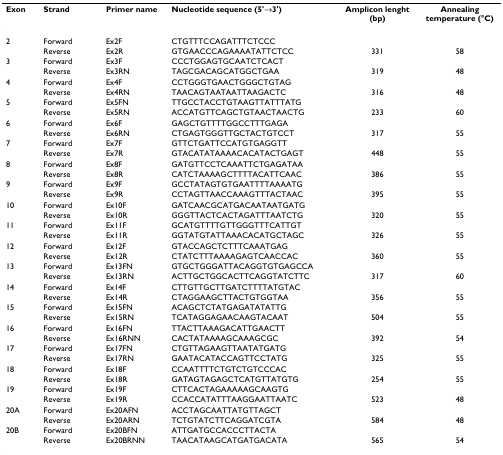
<table><thead><tr><td><b>Exon</b></td><td><b>Strand</b></td><td><b>Primer name</b></td><td><b>Nucleotide sequence (5&#x27;→3&#x27;)</b></td><td><b>Amplicon lenght (bp)</b></td><td><b>Annealing temperature (°C)</b></td></tr></thead><tbody><tr><td>2</td><td>Forward</td><td>Ex2F</td><td>CTGTTTCCAGATTTCTCCC</td><td></td><td></td></tr><tr><td></td><td>Reverse</td><td>Ex2R</td><td>GTGAACCCAGAAAATATTCTCC</td><td>331</td><td>58</td></tr><tr><td>3</td><td>Forward</td><td>Ex3F</td><td>CCCTGGAGTGCAATCTCACT</td><td></td><td></td></tr><tr><td></td><td>Reverse</td><td>Ex3RN</td><td>TAGCGACAGCATGGCTGAA</td><td>319</td><td>48</td></tr><tr><td>4</td><td>Forward</td><td>Ex4F</td><td>CCTGGGTGAACTGGGCTGTAG</td><td></td><td></td></tr><tr><td></td><td>Reverse</td><td>Ex4RN</td><td>TAACAGTAATAATTAAGACTC</td><td>316</td><td>48</td></tr><tr><td>5</td><td>Forward</td><td>Ex5FN</td><td>TTGCCTACCTGTAAGTTATTTATG</td><td></td><td></td></tr><tr><td></td><td>Reverse</td><td>Ex5RN</td><td>ACCATGTTCAGCTGTAACTAACTG</td><td>233</td><td>60</td></tr><tr><td>6</td><td>Forward</td><td>Ex6F</td><td>GAGCTGTTTTGGCCTTTGAGA</td><td></td><td></td></tr><tr><td></td><td>Reverse</td><td>Ex6RN</td><td>CTGAGTGGGTTGCTACTGTCCT</td><td>317</td><td>55</td></tr><tr><td>7</td><td>Forward</td><td>Ex7F</td><td>GTTCTGATTCCATGTGAGGTT</td><td></td><td></td></tr><tr><td></td><td>Reverse</td><td>Ex7R</td><td>GTACATATAAAACACATACTGAGT</td><td>448</td><td>55</td></tr><tr><td>8</td><td>Forward</td><td>Ex8F</td><td>GATGTTCCTCAAATTCTGAGATAA</td><td></td><td></td></tr><tr><td></td><td>Reverse</td><td>Ex8R</td><td>CATCTAAAAGCTTTTACATTCAAC</td><td>386</td><td>55</td></tr><tr><td>9</td><td>Forward</td><td>Ex9F</td><td>GCCTATAGTGTGAATTTTAAAATG</td><td></td><td></td></tr><tr><td></td><td>Reverse</td><td>Ex9R</td><td>CCTAGTTAACCAAAGTTTACTAAC</td><td>395</td><td>55</td></tr><tr><td>10</td><td>Forward</td><td>Ex10F</td><td>GATCAACGCATGACAATAATGATG</td><td></td><td></td></tr><tr><td></td><td>Reverse</td><td>Ex10R</td><td>GGGTTACTCACTAGATTTAATCTG</td><td>320</td><td>55</td></tr><tr><td>11</td><td>Forward</td><td>Ex11F</td><td>GCATGTTTTGTTGGGTTTCATTGT</td><td></td><td></td></tr><tr><td></td><td>Reverse</td><td>Ex11R</td><td>GGTATGTATTAAACACATGCTAGC</td><td>326</td><td>55</td></tr><tr><td>12</td><td>Forward</td><td>Ex12F</td><td>GTACCAGCTCTTTCAAATGAG</td><td></td><td></td></tr><tr><td></td><td>Reverse</td><td>Ex12R</td><td>CTATCTTTAAAAGAGTCAACCAC</td><td>360</td><td>55</td></tr><tr><td>13</td><td>Forward</td><td>Ex13FN</td><td>GTGCTGGGATTACAGGTGTGAGCCA</td><td></td><td></td></tr><tr><td></td><td>Reverse</td><td>Ex13RN</td><td>ACTTGCTGGCACTTCAGGTATCTTC</td><td>317</td><td>60</td></tr><tr><td>14</td><td>Forward</td><td>Ex14F</td><td>CTTGTTGCTTGATCTTTTATGTAC</td><td></td><td></td></tr><tr><td></td><td>Reverse</td><td>Ex14R</td><td>CTAGGAAGCTTACTGTGGTAA</td><td>356</td><td>55</td></tr><tr><td>15</td><td>Forward</td><td>Ex15FN</td><td>ACAGCTCTATGAGATATATTG</td><td></td><td></td></tr><tr><td></td><td>Reverse</td><td>Ex15RN</td><td>TCATAGGAGAACAAGTACAAT</td><td>504</td><td>55</td></tr><tr><td>16</td><td>Forward</td><td>Ex16FN</td><td>TTACTTAAAGACATTGAACTT</td><td></td><td></td></tr><tr><td></td><td>Reverse</td><td>Ex16RNN</td><td>CACTATAAAAGCAAAGCGC</td><td>392</td><td>54</td></tr><tr><td>17</td><td>Forward</td><td>Ex17FN</td><td>CTGTTAGAAGTTAATATGATG</td><td></td><td></td></tr><tr><td></td><td>Reverse</td><td>Ex17RN</td><td>GAATACATACCAGTTCCTATG</td><td>325</td><td>55</td></tr><tr><td>18</td><td>Forward</td><td>Ex18F</td><td>CCAATTTTCTGTCTGTCCCAC</td><td></td><td></td></tr><tr><td></td><td>Reverse</td><td>Ex18R</td><td>GATAGTAGAGCTCATGTTATGTG</td><td>254</td><td>55</td></tr><tr><td>19</td><td>Forward</td><td>Ex19F</td><td>CTTCACTAGAAAAAGCAAGTG</td><td></td><td></td></tr><tr><td></td><td>Reverse</td><td>Ex19R</td><td>CCACCATATTTAAGGAATTAATC</td><td>523</td><td>48</td></tr><tr><td>20A</td><td>Forward</td><td>Ex20AFN</td><td>ACCTAGCAATTATGTTAGCT</td><td></td><td></td></tr><tr><td></td><td>Reverse</td><td>Ex20ARN</td><td>TCTGTATCTTCAGGATCGTA</td><td>584</td><td>48</td></tr><tr><td>20B</td><td>Forward</td><td>Ex20BFN</td><td>ATTGATGCCACCCTTACTA</td><td></td><td></td></tr><tr><td></td><td>Reverse</td><td>Ex20BRNN</td><td>TAACATAAGCATGATGACATA</td><td>565</td><td>54</td></tr></tbody></table>